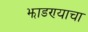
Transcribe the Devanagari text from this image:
झाडण्याचा